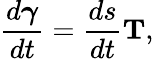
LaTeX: {\frac{d{\boldsymbol{\gamma}}}{dt}}={\frac{ds}{dt}}\mathbf{T},